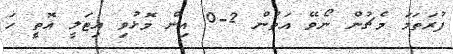
ފުރަތަމަ މެޗުން ނޯވޭ އަތުން 2-0 އިން މޮޅުވި އިޓަލީ އޮތީ ހަ